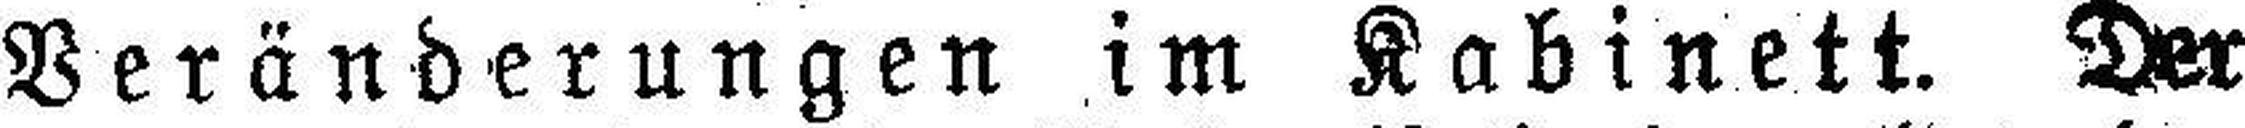
Veränderungen im Kabinett. Der